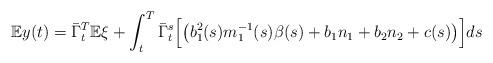
LaTeX: \begin{align*} \mathbb{E}y(t)=\bar{\Gamma}_{t}^{T}\mathbb{E}\xi+\int_{t}^{T}\bar{\Gamma}_{t}^{s}\Big[\big(b_{1}^{2}(s)m_{1}^{-1}(s)\beta(s)+b_{1}n_{1}+b_{2}n_{2}+c(s)\big)\Big]ds\end{align*}